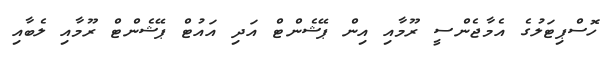
ހޮސްޕިޓަލުގެ އެމާޖެންސީ ރޫމާއި އިން ޕޭޝެންޓް އަދި އައުޓް ޕޭޝެންޓް ރޫމާއި ލެބާއި